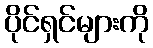
ပိုင်ရှင်များကို